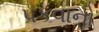
પકવાનો